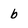
Character: b